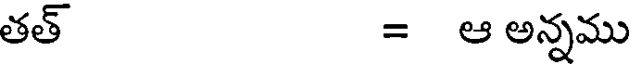
తత్ = ఆ అన్నము